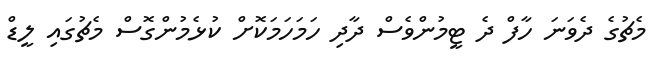
މެޗުގެ ދެވަނަ ހާފް ދެ ޓީމުންވެސް ދާދި ހަމަހަމަކޮށް ކުޅެމުންގޮސް މެޗުގައި ލީޑް